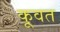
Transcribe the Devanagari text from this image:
कू़वत